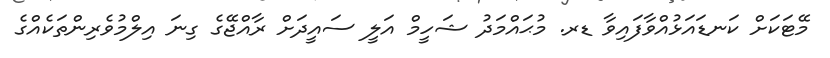
މޭޓަކަށް ކަނޑައަޅުއްވާފައިވާ ޑރ. މުޙައްމަދު ޝަހީމް އަލީ ސައީދަށް ރާއްޖޭގެ ގިނަ އިލްމުވެރިންތަކެއްގެ